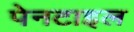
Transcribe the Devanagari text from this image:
पेनटाइल